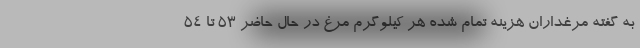
به گفته مرغداران هزینه تمام شده هر کیلوگرم مرغ در حال حاضر ۵۳ تا ۵۴